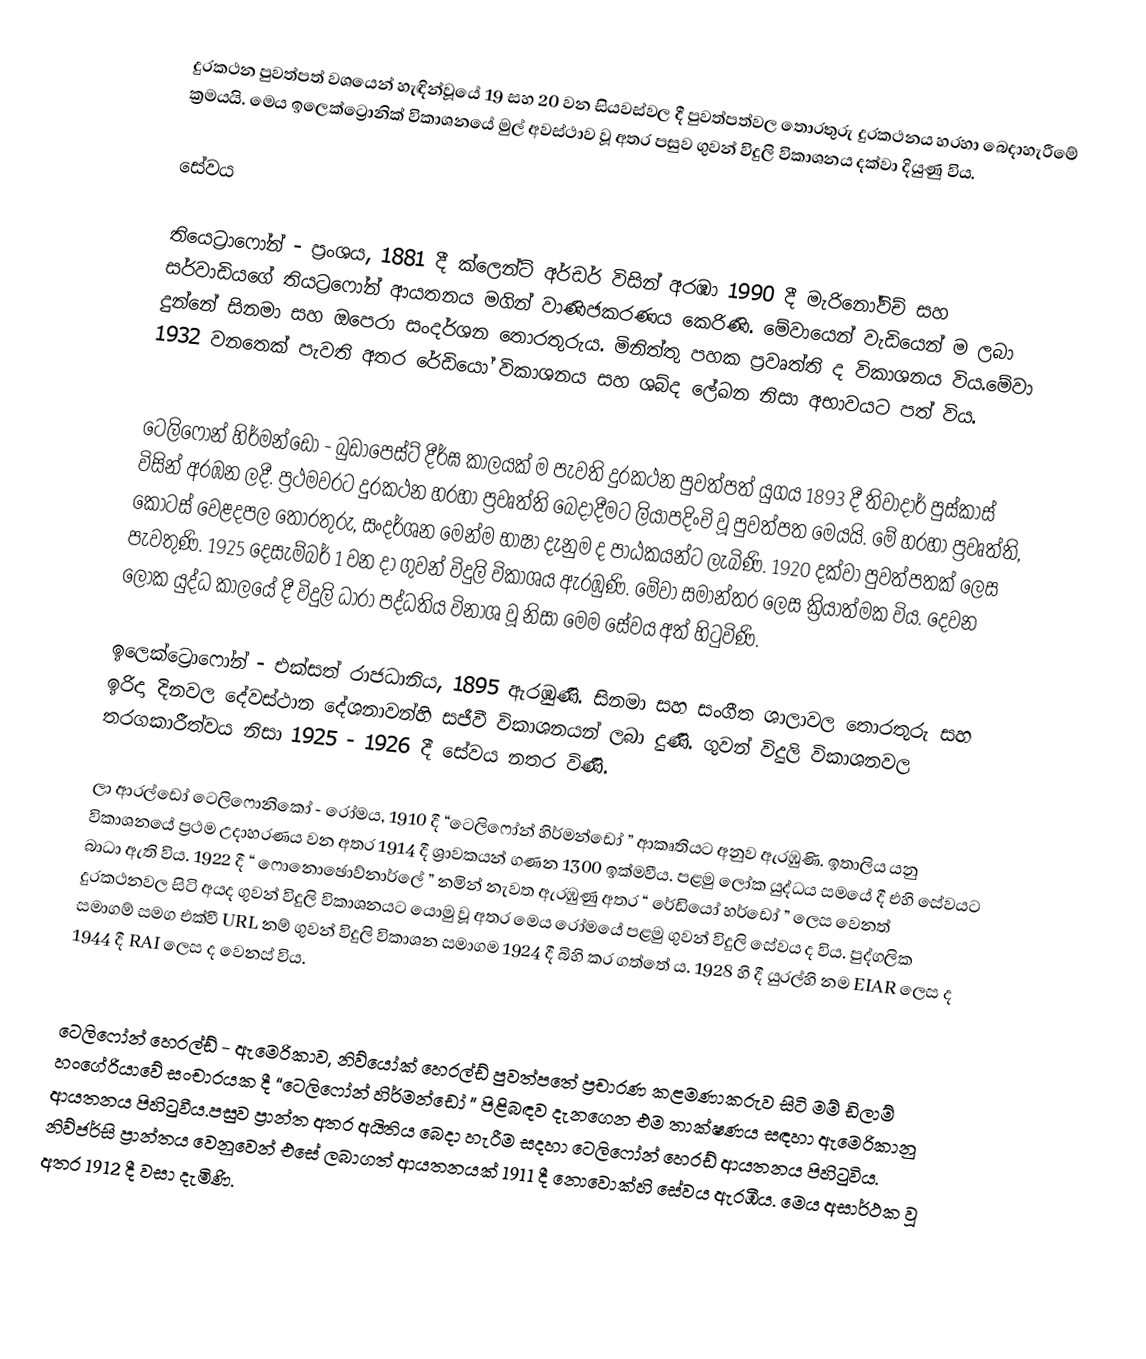
දුරකථන පුවත්පත් වශයෙන් හැඳින්වූයේ 19 සහ 20 වන සියවස්වල දී පුවත්පත්වල තොරතුරු දුරකථනය හරහා බෙදාහැරීමේ ක්‍රමයයි. මෙය ඉලෙක්ට්‍රොනික් විකාශනයේ මුල් අවස්ථාව වූ අතර පසුව ගුවන් විදුලි විකාශනය දක්වා දියුණු විය.

සේවය

තියෙට්‍රාෆෝන් - ප්‍රංශය, 1881 දී ක්ලෙන්ට් අර්ඩර් විසින් අරඹා 1990 දී මැරිනෝවිච් සහ සර්වාඩියගේ තියට්‍රෆෝන් ආයතනය මගින් වාණිජකරණය කෙරිණි. මේවායෙන් වැඩියෙන් ම ලබා දුන්නේ සිනමා සහ ඔපෙරා සංදර්ශන තොරතුරුය. මිනිත්තු පහක ප්‍රවෘත්ති ද විකාශනය විය.මේවා 1932 වනතෙක් පැවති අතර රේඩියෝ විකාශනය සහ ශබ්ද ලේඛන නිසා අභාවයට පත් විය.

ටෙලිෆෝන් හිර්මන්ඩෝ - බුඩාපෙස්ට් දීර්ඝ කාලයක් ම පැවති දුරකථන පුවත්පත් යුගය 1893 දී තිවාදාර් පුස්කාස් විසින් අරඹන ලදී. ප්‍රථමවරට දුරකථන හරහා ප්‍රවෘත්ති බෙදාදීමට ලියාපදිංචි වූ පුවත්පත මෙයයි. මේ හරහා ප්‍රවෘත්ති, කොටස් වෙළදපල තොරතුරු, සංදර්ශන මෙන්ම භාෂා දැනුම ද පාඨකයන්ට ලැබිණි. 1920 දක්වා පුවත්පතක් ලෙස පැවතුණි. 1925 දෙසැම්බර් 1 වන දා ගුවන් විදුලි විකාශය ඇරඹුණි. මේවා සමාන්තර ලෙස ක්‍රියාත්මක විය. දෙවන ලෝක යුද්ධ කාලයේ දී විදුලි ධාරා පද්ධතිය විනාශ වූ නිසා මෙම සේවය අත් හිටුවිණි.

ඉලෙක්ට්‍රොෆෝන් - එක්සත් රාජධානිය, 1895 ඇරඹුණි. සිනමා සහ සංගීත ශාලාවල තොරතුරු සහ ඉරිදා දිනවල දේවස්ථාන දේශනාවන්හි සජීවී විකාශනයන් ලබා දුණි. ගුවන් විදුලි විකාශනවල තරගකාරීත්වය නිසා 1925 - 1926 දී සේවය නතර විණි.

ලා ආරල්ඩෝ ටෙලිෆොනිකෝ - රෝමය, 1910 දී “ටෙලිෆෝන් හිර්මන්ඩෝ ” ආකෘතියට අනුව ඇරඹුණි. ඉතාලිය යනු විකාශනයේ ප්‍රථම උදාහරණය වන අතර 1914 දී  ශ්‍රාවකයන් ගණන 1300 ඉක්මවීය. පළමු ලෝක යුද්ධය සමයේ දී එහි  සේවයට බාධා ඇති විය. 1922 දී “ ෆොනොඡොව්නාර්ලේ ” නමින් නැවත ඇරඹුණු අතර “ රේඩියෝ හර්ඩෝ ” ලෙස වෙනත් දුරකථනවල සිටි අයද ගුවන් විදුලි විකාශනයට යොමු වූ අතර මෙය රෝමයේ පළමු ගුවන් විදුලි සේවය ද විය. පුද්ගලික සමාගම් සමග එක්වී URL නම් ගුවන් විදුලි විකාශන සමාගම 1924 දී බිහි කර ගත්තේ ය. 1928 හි දී යුරල්හි නම EIAR ලෙස ද 1944 දී RAI ලෙස ද වෙනස් විය.

ටෙලිෆෝන් හෙරල්ඩ් - ඇමෙරිකාව, නිව්යෝක් හෙරල්ඩ් පුවත්පතේ ප්‍රචාරණ කළමණාකරුව සිටි මම් ඩිලාම් හංගේරියාවේ සංචාරයක දී “ටෙලිෆෝන් හිර්මන්ඩෝ ” පිළිබඳව දැනගෙන එම තාක්ෂණය සඳහා ඇමෙරිකානු ආයතනය පිහිටුවීය.පසුව ප්‍රාන්ත අතර අයිතිය බෙදා හැරීම සදහා ටෙලිෆෝන් හෙරඩ් ආයතනය පිහිටුවිය. නිව්ජර්සි ප්‍රාන්තය වෙනුවෙන් එසේ ලබාගත් ආයතනයක් 1911 දී නොවොක්හි සේවය ඇරඹීය. මෙය අසාර්ථක වූ අතර 1912 දී වසා දැමිණි.